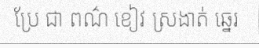
ប្រែ ជា ពណ៌ ខៀវ ស្រងាត់ ឆ្នេរ